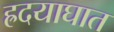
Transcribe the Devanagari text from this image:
ह्रदयाघात